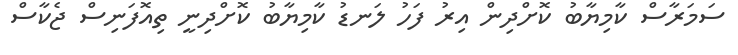
ސަމަރާސް ކާމިޔާބު ކޮށްދިން އިރު ފަހު ލަނޑު ކާމިޔާބު ކޮށްދިނީ ތިއޮފަނިސް ޖެކާސް